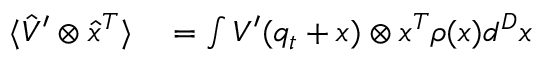
\begin{array} { r l } { \langle \hat { V } ^ { \prime } \otimes \hat { x } ^ { T } \rangle } & { { } = \int V ^ { \prime } ( q _ { t } + x ) \otimes x ^ { T } \rho ( x ) d ^ { D } x } \end{array}